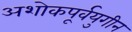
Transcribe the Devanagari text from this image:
अशोकपूर्वयुगीन